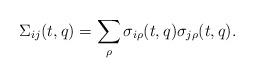
LaTeX: \begin{align*}\Sigma_{ij}(t,q)=\sum_\rho \sigma_{i\rho}(t,q)\sigma_{j\rho}(t,q).\end{align*}